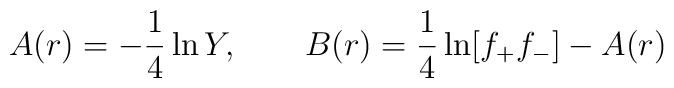
A(r) = -\frac{1}{4} \ln Y , \qquad B(r)  =  \frac{1}{4} \ln[f_+f_-] - A(r)